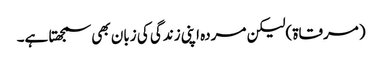
(مرقاۃ)لیکن مردہ اپنی زندگی کی زبان بھی سمجھتا ہے۔